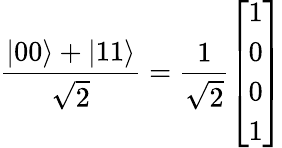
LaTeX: {\frac{|00\rangle+|11\rangle}{\sqrt{2}}}={\frac{1}{\sqrt{2}}}{\left[\begin{array}{l}{1}\\ {0}\\ {0}\\ {1}\end{array}\right]}